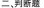
二、判断题